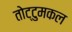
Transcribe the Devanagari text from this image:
तोट्टुमकल